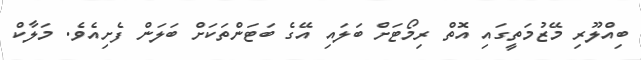
ބިއްލޫރި މޭޒުމަތީގައި އޮތް ރިމޯޓަށް ބަލައި އޭގެ ބަޓަންތަކަށް ބަލަން ފެށިއެވެ. މަލާކް